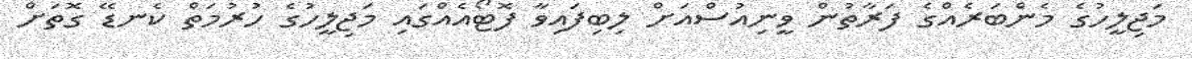
މަޖިލީހުގެ މެންބަރެއްގެ ފަރާތުން ވީނިއުސްއަށް ލިބިފައިވާ ފޮޓޯއެއްގައި މަޖިލީހުގެ ހުރުމަތް ކެނޑޭ ގޮތަށް